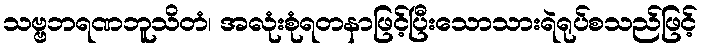
သဗ္ဗဘရဏဘူသိတံ၊ အလုံးစုံရတနာဖြင့်ပြီးသောသားရဲရုပ်စသည်ဖြင့်